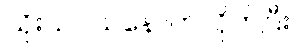
သိုးသငယ်နောက်လိုက်ပြီး